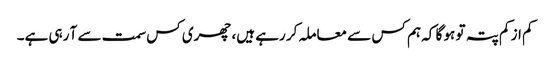
کم از کم پتہ تو ہو گا کہ ہم کس سے معاملہ کر رہے ہیں، چھری کس سمت سے آ رہی ہے۔